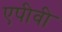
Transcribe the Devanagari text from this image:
एपीवी